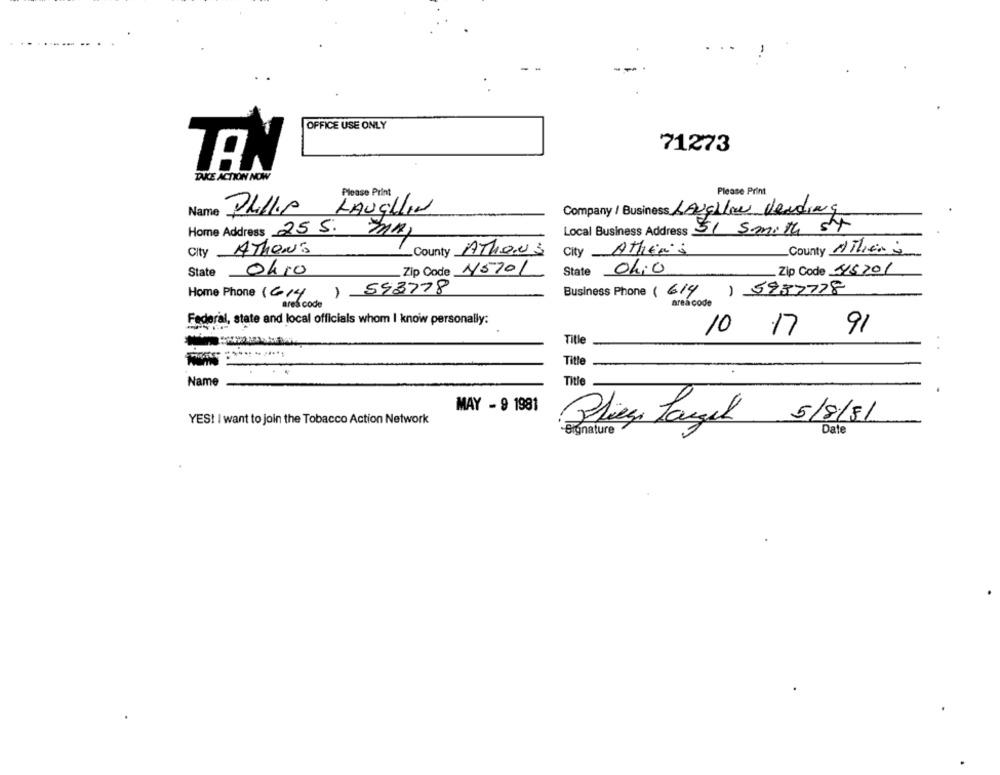
OFFICE USE ONLY
71273
TEN
TAKE ACTION NOW
Please Print
Please Print
LAUGHLIN
Name
Phillip
Company / Business LAUcilie Vending
Home Address 25 S. MA,
Local Business Address 51 Smith St
City ATIONS
County AThaus
City AttiEn's
County Athens
ohro
Zip Code 15701
State 04:0
Zip Code 45201
State
Home Phone (614 ) 593778
Business
1614
) 5937728
area code
ares code
Federal, state and local officials whom I know personally:
10 17
Title
91
Title
Title
Name
MAY - 9 1981
YES! I want to join the Tobacco Action Network
Bliez Lauel
5/8/81
Bronature
Date